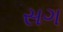
સગ